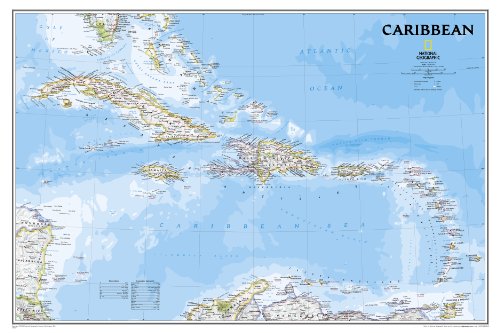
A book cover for Caribbean Classic [Tubed] (National Geographic Reference Map); National Geographic Maps - Reference; Reference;